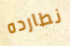
نطارده